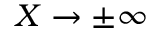
X \to \pm \infty